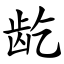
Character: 龁